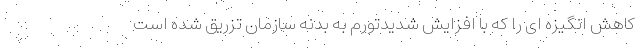
کاهش انگیزه ای را که با افزایش شدیدتورم به بدنه سازمان تزریق شده است